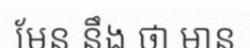
មែន នឹង ថា មាន